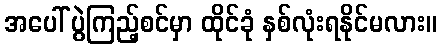
အပေါ် ပွဲကြည့်စင်မှာ ထိုင်ခုံ နှစ်လုံးရနိုင်မလား။